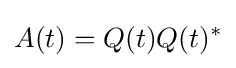
A(t)=Q(t)Q(t)^{*}